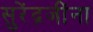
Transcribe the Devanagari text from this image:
सुरेंद्रजींना